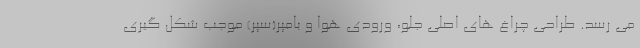
می رسد. طراحی چراغ های اصلی جلو، ورودی هوا و بامپر(سپر) موجب شکل گیری